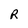
Character: R